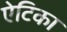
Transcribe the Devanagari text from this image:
ऐटिका